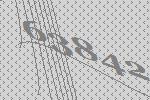
63842